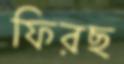
ফিরছ